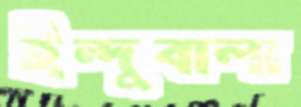
ইন্দুবালা